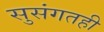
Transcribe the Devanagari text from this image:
सुसंगतही